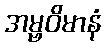
အမ္ဗဝိမာနံ